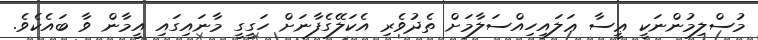
މުސްލިމުންނަކީ ޢީސާ ޢަލައިހިއްސަލާމަށް ތެދުވެރި އެކަލޭގެފާނަށް ހަގީގީ މާނައިގައި އީމާން ވާ ބައެކެވެ.